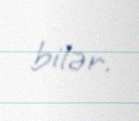
bilər.